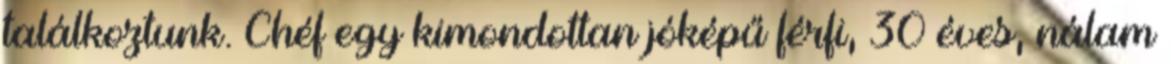
találkoztunk. Chéf egy kimondottan jóképű férfi, 30 éves, nálam